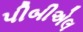
પીબીએલ